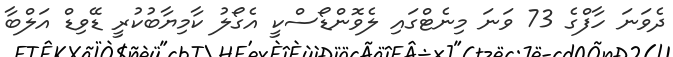
ދެވަނަ ހާފްގެ 73 ވަނަ މިނެޓްގައި ލެވޮންޑޯސްކީ އެގޯލު ކާމިޔާބުކުރީ ޑޭވިޑް އަލްބާ